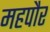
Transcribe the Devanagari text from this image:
महपौर